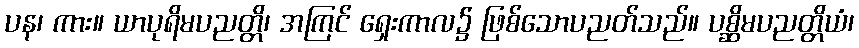
ပန၊ ကား။ ယာပုရိမပညတ္တိ၊ အကြင် ရှေးကာလ၌ ဖြစ်သောပညတ်သည်။ ပစ္ဆိမပညတ္တိယံ၊